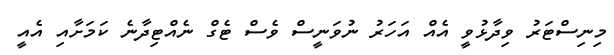
މިނިސްޓަރު ވިދާޅުވީ އެއް އަހަރު ނުވަނީސް ވެސް ޓެގް ނެއްޓިދާނެ ކަމަށާއި އެއީ